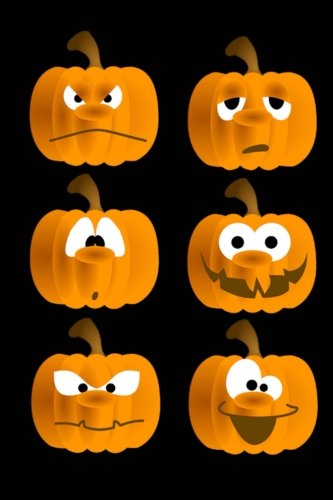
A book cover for Pumpkin Journal: 160 Page Lined Journal/Notebook (Halloween Journals) (Volume 1); Mahtava Journals; Literature & Fiction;